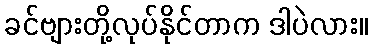
ခင်ဗျားတို့လုပ်နိုင်တာက ဒါပဲလား။